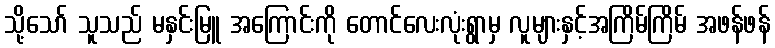
သို့သော် သူသည် မနှင်းမြူ အကြောင်းကို တောင်လေးလုံးရွာမှ လူများနှင့်အကြိမ်ကြိမ် အဖန်ဖန်